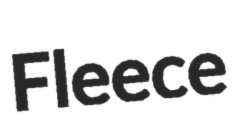
Fleece